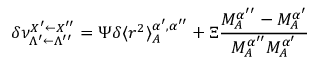
\delta \nu _ { \Lambda ^ { \prime } \leftarrow \Lambda ^ { \prime \prime } } ^ { X ^ { \prime } \leftarrow X ^ { \prime \prime } } = \Psi \delta \langle r ^ { 2 } \rangle _ { A } ^ { \alpha ^ { \prime } , \alpha ^ { \prime \prime } } + \Xi \frac { M _ { A } ^ { \alpha ^ { \prime \prime } } - M _ { A } ^ { \alpha ^ { \prime } } } { M _ { A } ^ { \alpha ^ { \prime \prime } } M _ { A } ^ { \alpha ^ { \prime } } }